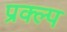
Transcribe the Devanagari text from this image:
प्रक्ल्प